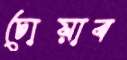
চোয়াব